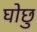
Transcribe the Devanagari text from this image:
घोछु